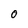
Character: O